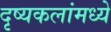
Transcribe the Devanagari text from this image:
दृष्यकलांमध्ये